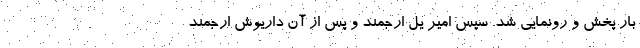
بار پخش و رونمایی شد. سپس امیر یل ارجمند و پس از آن داریوش ارجمند